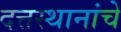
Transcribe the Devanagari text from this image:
दत्तस्थानांचे